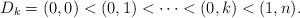
LaTeX: \begin{align*} D_k=(0,0)<(0,1)<\cdots <(0,k)<(1,n). \end{align*}